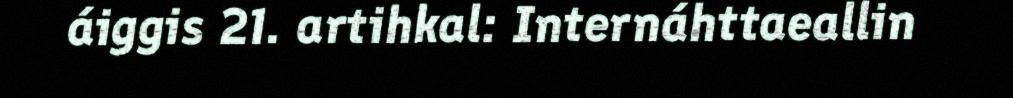
áiggis 21. artihkal: Internáhttaeallin